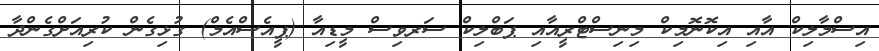
އިސްމާލިކް އާއި އިކޮނޮމިކް މިނިސްޓްރީއާއި ޕަބްލިކް ސަރވިސް މީޑިއާ (ޕީއެސްއެމް) ގުޅިގެން ކުރިއަށްގެންދާ